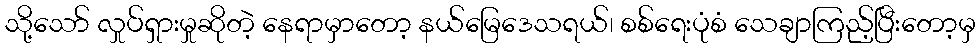
သို့သော် လှုပ်ရှားမှုဆိုတဲ့ နေရာမှာတော့ နယ်မြေဒေသရယ်၊ စစ်ရေးပုံစံ သေချာကြည့်ပြီးတော့မှ